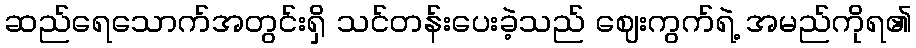
ဆည်ရေသောက်အတွင်းရှိ သင်တန်းပေးခဲ့သည် ဈေးကွက်ရဲ့ အမည်ကိုရ၏